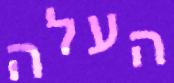
העלה